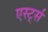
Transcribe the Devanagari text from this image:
एर्स्ट्स